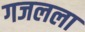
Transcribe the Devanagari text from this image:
गजलला